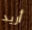
أريد